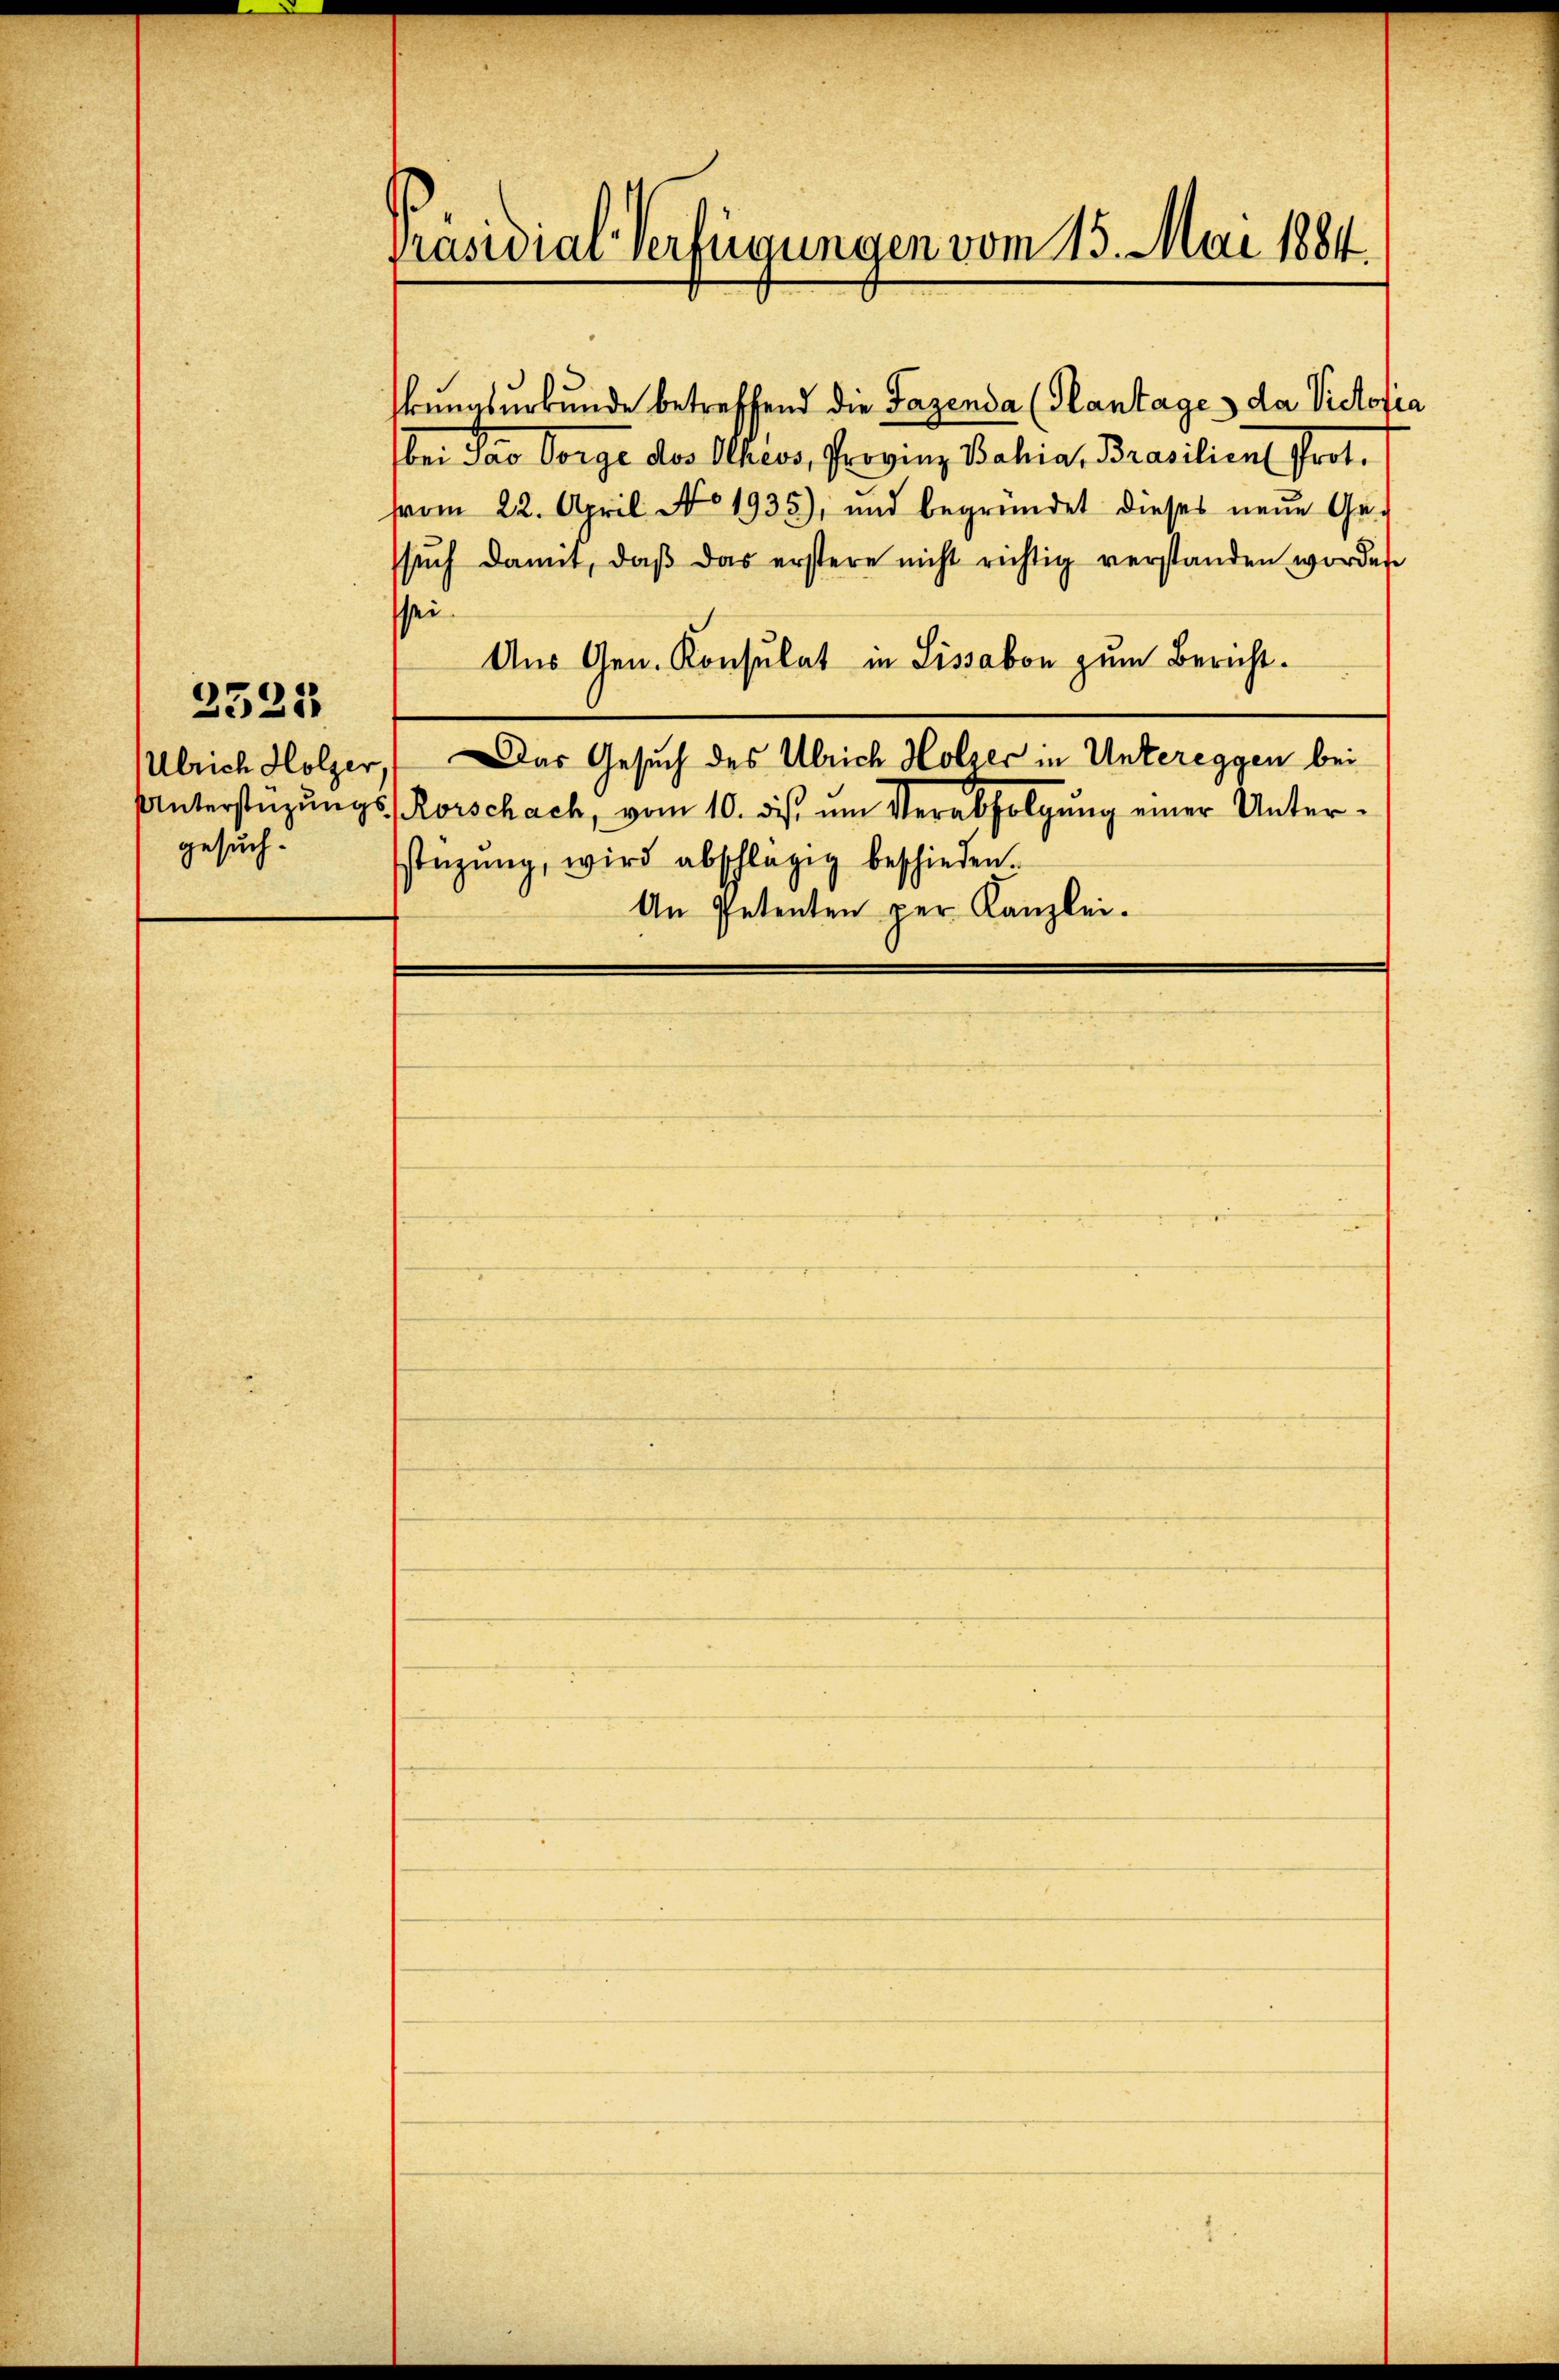
gesuch.

2525

kungsurkunde betreffend die Fazenda (Plantage, da Victoria
bei das Vorge des Ohress, Provinz Bahia, Brasilient Prot.
vom 22. April No 1935), und begründet dieses neue Ge-
ssŭch damit, daβ das erstere nicht richtig verstanden worden
ssei
Aus Gen. Konsulat in Lissabon zum Bericht.
Ulrich Holzer, Das Gesuch des Ulrich Holzer in Untereggen bei
Unterstüzŭngs-Korschach, vom 10. ds. ŭm Verabfolgŭng einer Unterstüzung, wird abschlägig beschieden.
An Petenten per Kanzlei.

Präsidial-Verfügungen vom 15. Mai 1884.